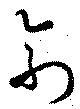
兪